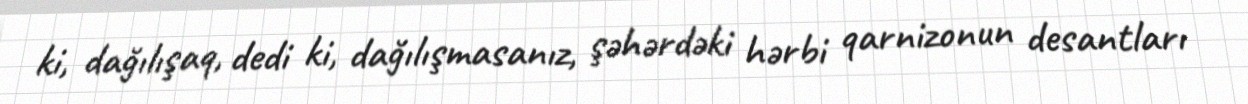
ki, dağılışaq, dedi ki, dağılışmasanız, şəhərdəki hərbi qarnizonun desantları